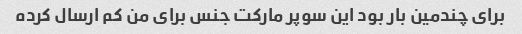
برای چندمین بار بود این سوپر مارکت جنس برای من کم ارسال کرده